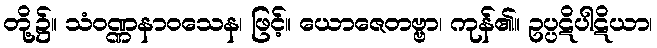
တို့၌။ သံဝဏ္ဏနာဝသေန၊ ဖြင့်။ ယောဇေတဗ္ဗာ၊ ကုန်၏။ ဥပ္ပဋိပါဋိယာ၊